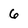
Character: 6